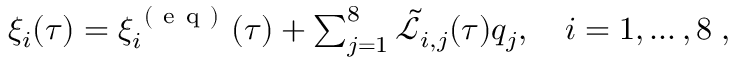
\begin{array} { r } { \xi _ { i } ( \tau ) = \xi _ { i } ^ { \mathrm { ~ ( ~ e ~ q ~ ) ~ } } ( \tau ) + \sum _ { j = 1 } ^ { 8 } \tilde { \mathcal { L } } _ { i , j } ( \tau ) q _ { j } , \quad i = 1 , \ldots , 8 \; , } \end{array}